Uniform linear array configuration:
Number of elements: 24
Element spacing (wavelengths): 0.75
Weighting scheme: cosine
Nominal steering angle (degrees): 0
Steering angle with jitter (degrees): -1.417
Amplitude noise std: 0.05
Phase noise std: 0.05

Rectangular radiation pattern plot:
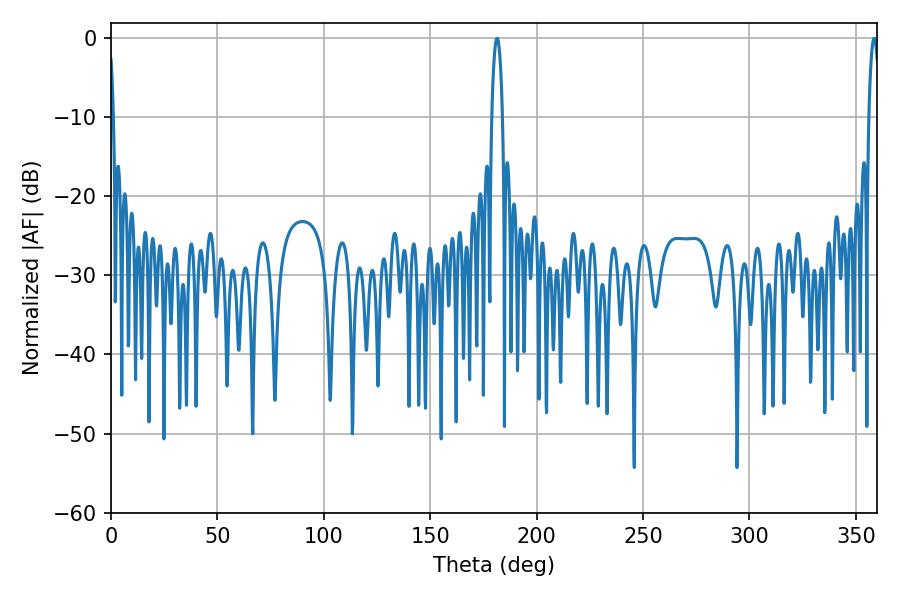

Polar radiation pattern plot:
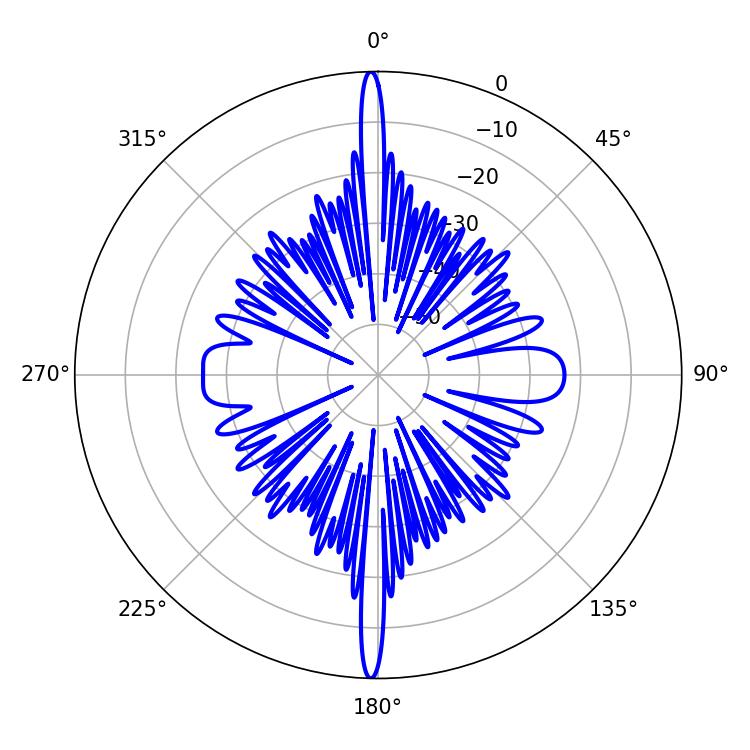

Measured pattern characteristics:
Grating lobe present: TRUE
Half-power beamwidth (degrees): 2.88
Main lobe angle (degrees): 358.56